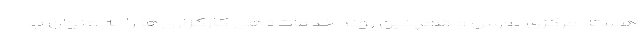
هسته مرکزی بورس و همچنین روند خدمات‌دهی کارگزاری‌ها را به عنوان ب